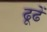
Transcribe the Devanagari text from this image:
ढूढें